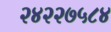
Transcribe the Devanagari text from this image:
२४२२७५८४